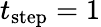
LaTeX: t_{\textrm{step}}=1